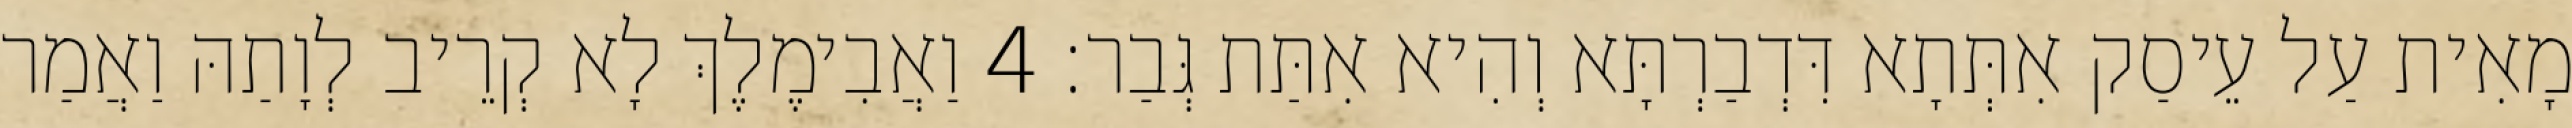
מָאִית עַל עֵיסַק אִתְּתָא דִּדְבַרְתָּא וְהִיא אִתַּת גְּבַר׃ 4 וַאֲבִימֶלֶךְ לָא קְרֵיב לְוָתַהּ וַאֲמַר